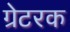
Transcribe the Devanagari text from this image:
ग्रेटरक